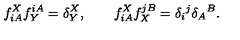
f _ { i A } ^ { X } f _ { Y } ^ { i A } = \delta _ { Y } ^ { X } , \qquad f _ { i A } ^ { X } f _ { X } ^ { j B } = \delta _ { i } { } ^ { j } \delta _ { A } { } ^ { B } .